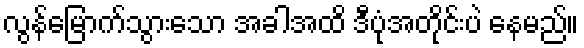
လွန်မြောက်သွားသော အခါအထိ ဒီပုံအတိုင်းပဲ နေမည်။